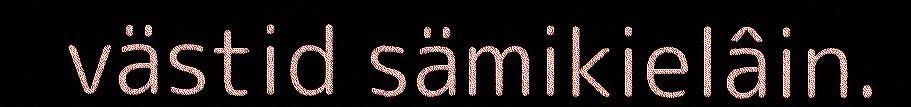
västid sämikielâin.